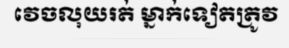
វេចលុយរត់ ម្នាក់ទៀតត្រូវ